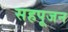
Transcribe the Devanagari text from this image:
सहपूजन